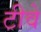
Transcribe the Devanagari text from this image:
टीवे